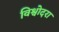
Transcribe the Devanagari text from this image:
विश्वोदरा